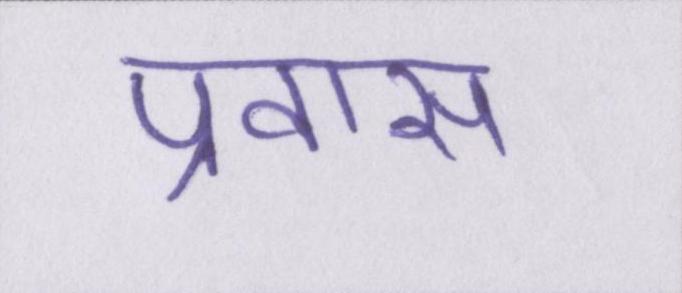
प्रवास